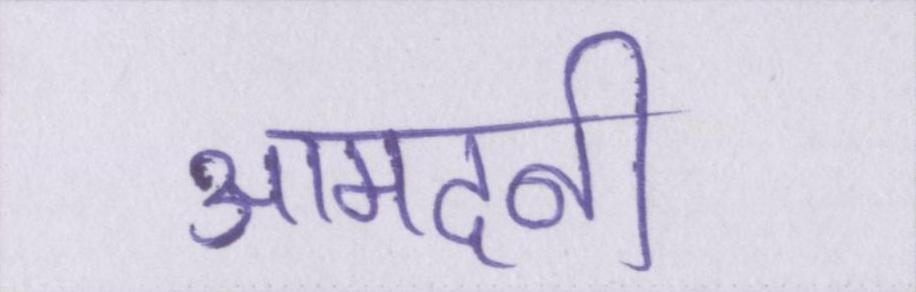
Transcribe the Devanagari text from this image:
आमदनी